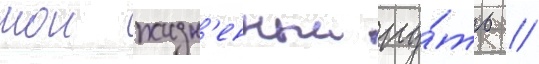
мои жизн'енныи пу́ть //